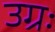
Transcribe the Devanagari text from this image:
उग्रः